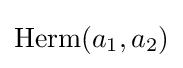
\operatorname {Herm} (a_{1},a_{2})